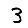
Digit: 3